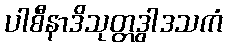
ပါစီနာဒိသုတ္တဒွါဒသကံ